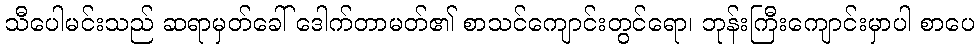
သီပေါမင်းသည် ဆရာမှတ်ခေါ် ဒေါက်တာမတ်၏ စာသင်ကျောင်းတွင်ရော၊ ဘုန်းကြီးကျောင်းမှာပါ စာပေ